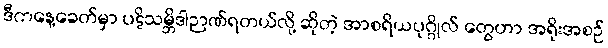
ဒီကနေ့ခေတ်မှာ ပဋိသမ္ဘိဒါဉာဏ်ရတယ်လို့ ဆိုတဲ့ အာစရိယပုဂ္ဂိုလ် တွေဟာ အရိုးအစဉ်